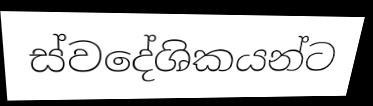
ස්වදේශිකයන්ට